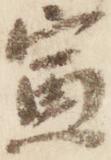
寅